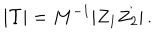
| \Upsilon | = M ^ { - 1 } | Z _ { 1 } Z _ { 2 } | \, .